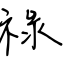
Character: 祿